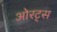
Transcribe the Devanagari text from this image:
ओरट्स